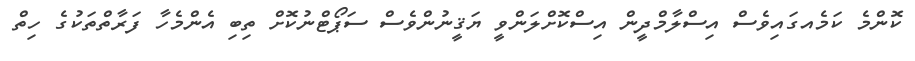
ކޮންމެ ކަމެއގައިވެސް އިސްލާމްދީން އިސްކޮށްލަންވީ ޔަޤީނުންވެސް ސަޕޯޓްނުކޮށް ތިބި އެންމެހާ ފަރާތްތަކުގެ ހިތް